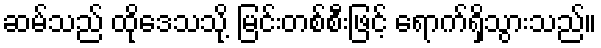
ဆမ်သည် ထိုဒေသသို့ မြင်းတစ်စီးဖြင့် ရောက်ရှိသွားသည်။